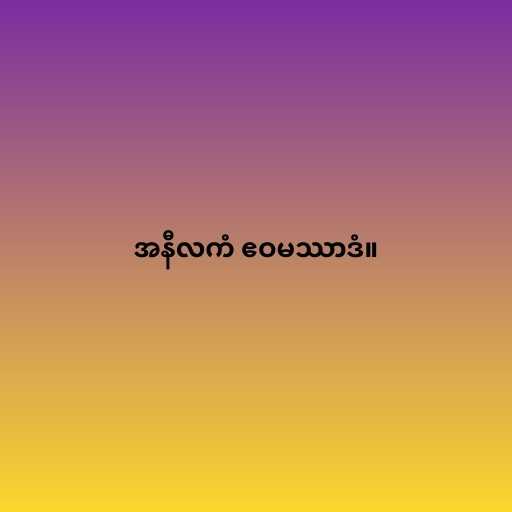
အနီလကံ ဧဝမဿာဒံ။